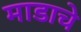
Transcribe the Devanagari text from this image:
माडाचे